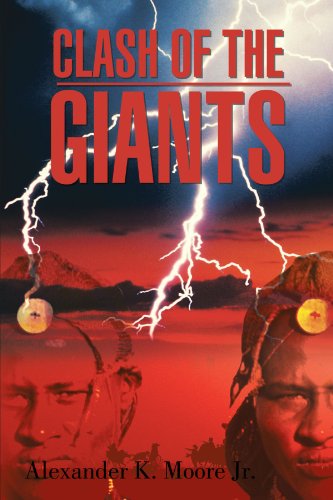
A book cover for Clash Of The Giants; Alexander K. Moore Jr.; Crafts, Hobbies & Home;